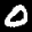
Label: 0